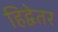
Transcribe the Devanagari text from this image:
हिद्वेतर